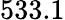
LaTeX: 533.1